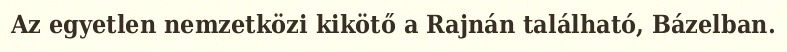
Az egyetlen nemzetközi kikötő a Rajnán található, Bázelban.